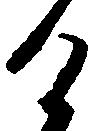
け